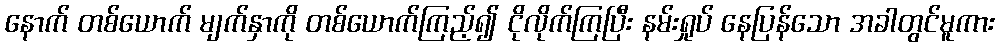
နောက် တစ်ယောက် မျက်နှာကို တစ်ယောက်ကြည့်၍ ငိုလိုက်ကြပြီး နမ်းရှုပ် နေပြန်သော အခါတွင်မူကား